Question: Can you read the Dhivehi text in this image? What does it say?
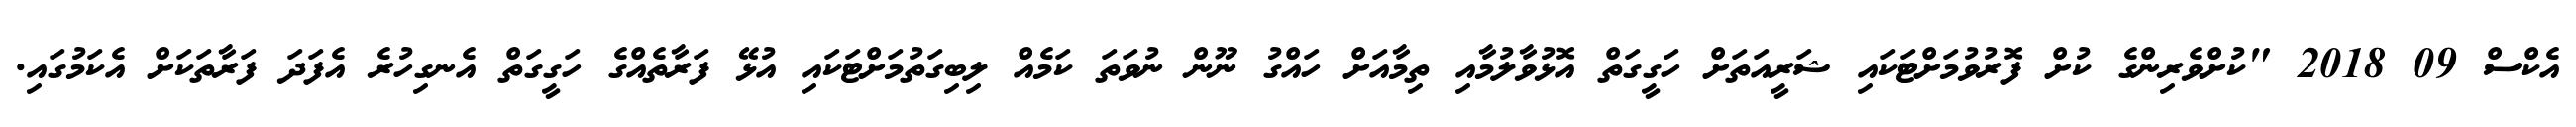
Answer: އެކްސް 09 2018 "ކުށްވެރިންގެ ކުށް ފޮރުވުމަށްޓަކައި ޝަރީއަތަށް ހަގީގަތް އޮޅުވާލުމާއި ތިމާއަށް ހައްގު ނޫން ނުވަތަ ކަމެއް ލިބިގަތުމަށްޓަކައި އުޅޭ ފަރާތެއްގެ ހަގީގަތް އެނގިހުރެ އެފަދަ ފަރާތަކަށް އެކަމުގައި.